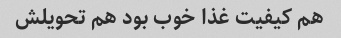
هم کیفیت غذا خوب بود هم تحویلش